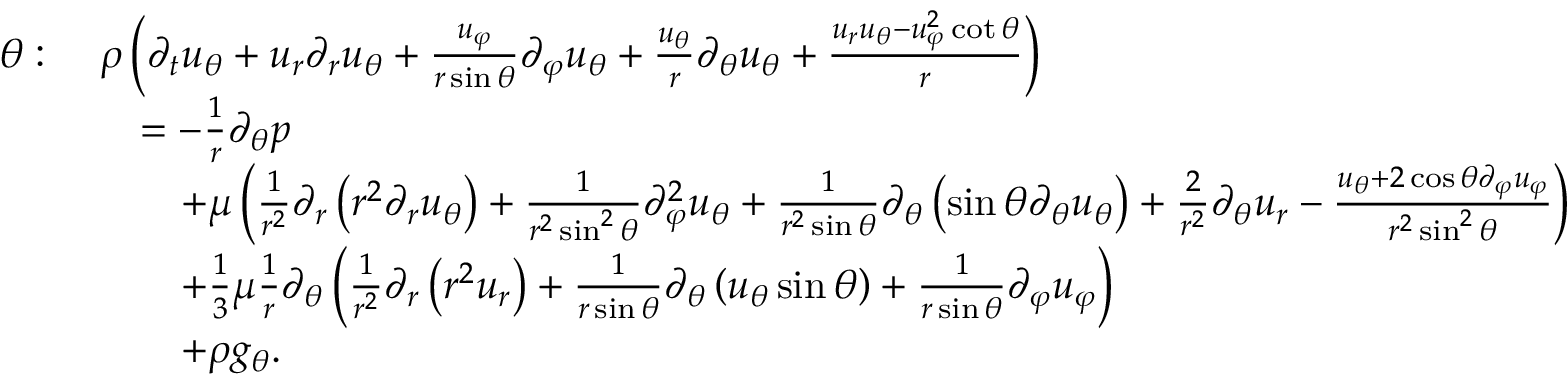
{ \begin{array} { r l } { \theta : \ } & { \rho \left( { \partial _ { t } u _ { \theta } } + u _ { r } { \partial _ { r } u _ { \theta } } + { \frac { u _ { \varphi } } { r \sin \theta } } { \partial _ { \varphi } u _ { \theta } } + { \frac { u _ { \theta } } { r } } { \partial _ { \theta } u _ { \theta } } + { \frac { u _ { r } u _ { \theta } - u _ { \varphi } ^ { 2 } \cot \theta } { r } } \right) } \\ & { \quad = - { \frac { 1 } { r } } { \partial _ { \theta } p } } \\ & { \qquad + \mu \left( { \frac { 1 } { r ^ { 2 } } } \partial _ { r } \left( r ^ { 2 } { \partial _ { r } u _ { \theta } } \right) + { \frac { 1 } { r ^ { 2 } \sin ^ { 2 } \theta } } { \partial _ { \varphi } ^ { 2 } u _ { \theta } } + { \frac { 1 } { r ^ { 2 } \sin \theta } } \partial _ { \theta } \left( \sin \theta { \partial _ { \theta } u _ { \theta } } \right) + { \frac { 2 } { r ^ { 2 } } } { \partial _ { \theta } u _ { r } } - { \frac { u _ { \theta } + 2 \cos \theta { \partial _ { \varphi } u _ { \varphi } } } { r ^ { 2 } \sin ^ { 2 } \theta } } \right) } \\ & { \qquad + { \frac { 1 } { 3 } } \mu { \frac { 1 } { r } } \partial _ { \theta } \left( { \frac { 1 } { r ^ { 2 } } } \partial _ { r } \left( r ^ { 2 } u _ { r } \right) + { \frac { 1 } { r \sin \theta } } \partial _ { \theta } \left( u _ { \theta } \sin \theta \right) + { \frac { 1 } { r \sin \theta } } { \partial _ { \varphi } u _ { \varphi } } \right) } \\ & { \qquad + \rho g _ { \theta } . } \end{array} }